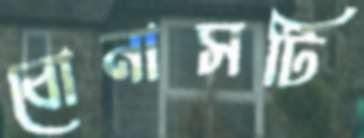
বোনাসটি